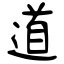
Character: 道